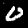
Digit: 0